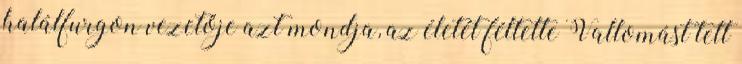
halálfurgon vezetője azt mondja, az életét féltette Vallomást tett